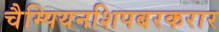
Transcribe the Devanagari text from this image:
चैम्पियनशिपबरकरार